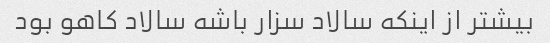
بیشتر از اینکه سالاد سزار باشه سالاد کاهو بود